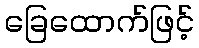
ခြေထောက်ဖြင့်